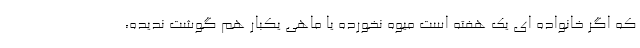
که اگر خانواده ای یک هفته است میوه نخورده یا ماهی یکبار هم گوشت ندیده،